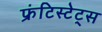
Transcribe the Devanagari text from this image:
फ्रंटिस्टेट्स